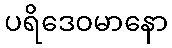
ပရိဒေဝမာနော